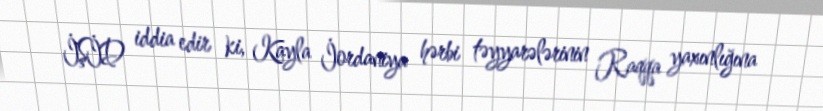
İŞİD iddia edir ki, Kayla İordaniya hərbi təyyarələrinin Raqqa yaxınlığına